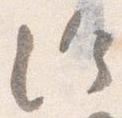
給